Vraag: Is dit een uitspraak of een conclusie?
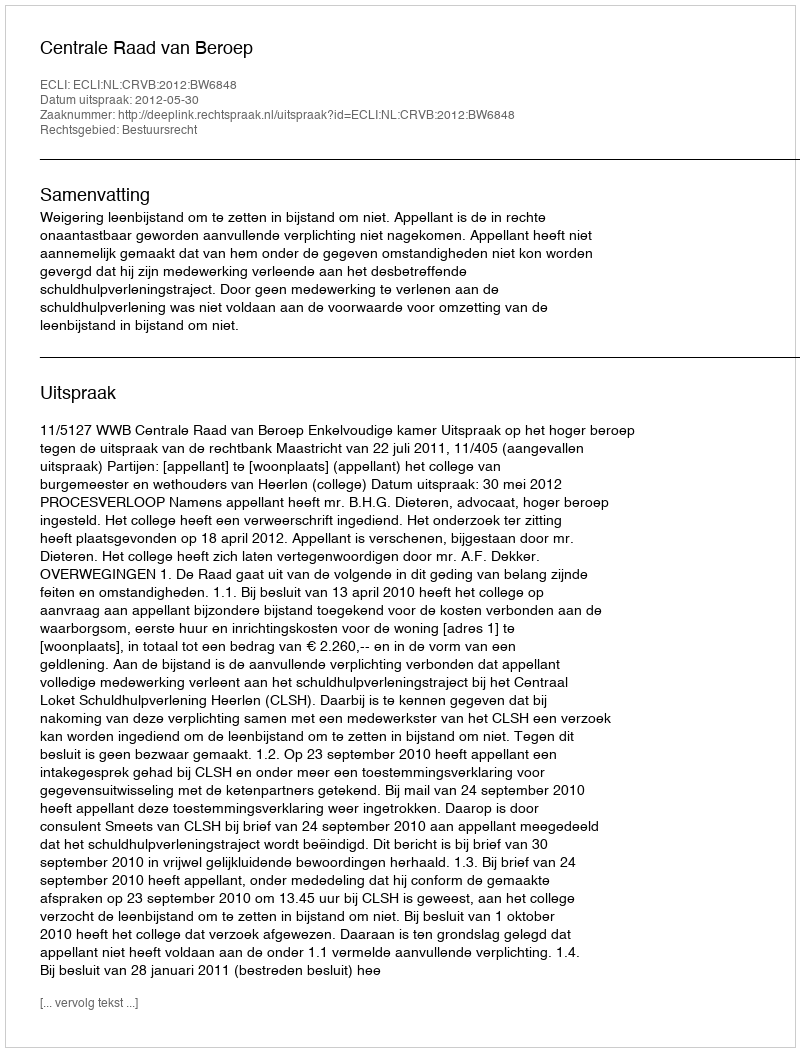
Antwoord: Uitspraak